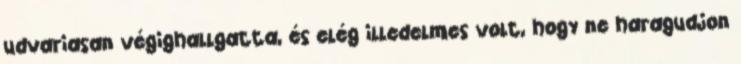
udvariasan végighallgatta, és elég illedelmes volt, hogy ne haragudjon